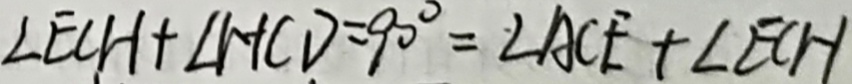
\angle E C H + \angle H C D = 9 0 ^ { \circ } = \angle A C E + \angle E C H